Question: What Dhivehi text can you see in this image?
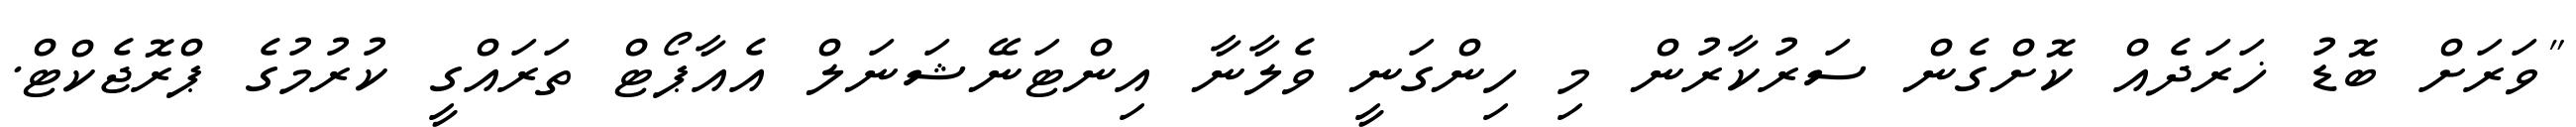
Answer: "ވަރަށް ބޮޑު ޚަރަދެއް ކޮށްގެން ސަރުކާރުން މި ހިންގަނީ ވެލާނާ އިންޓަނޭޝަނަލް އެއާޕޯޓް ތަރައްގީ ކުރުމުގެ ޕްރޮޖެކްޓް.